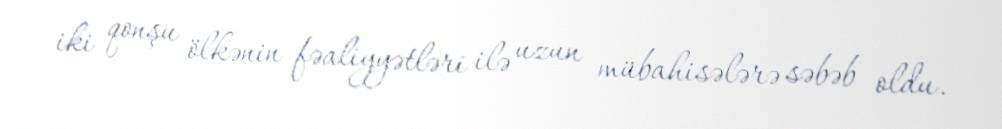
iki qonşu ölkənin fəaliyyətləri ilə uzun mübahisələrə səbəb oldu.